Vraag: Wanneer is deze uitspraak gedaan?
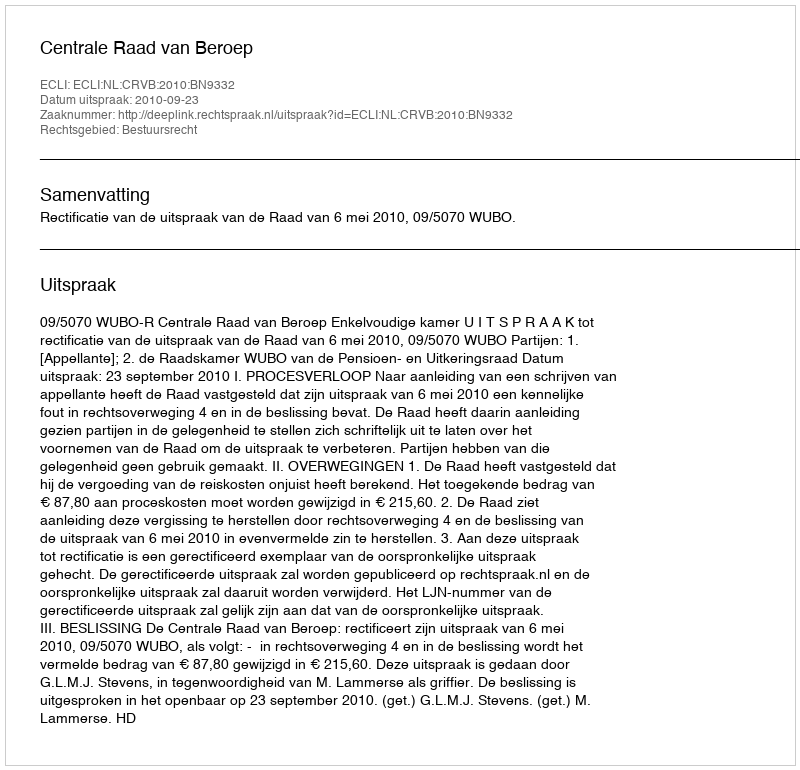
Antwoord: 2010-09-23